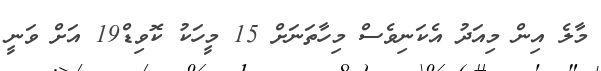
މާލެ އިން މިއަދު އެކަނިވެސް މިހާތަނަށް 15 މީހަކު ކޮވިޑް19 އަށް ވަނީ